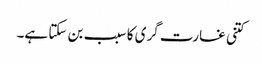
کتنی غارت گری کا سبب بن سکتا ہے۔